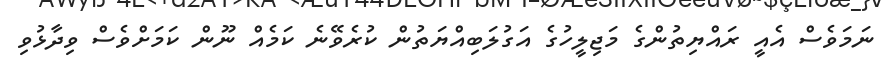
ނަމަވެސް އެއީ ރައްޔިތުންގެ މަޖިލީހުގެ އަގުލަބިއްޔަތުން ކުރެވޭނެ ކަމެއް ނޫން ކަމަށްވެސް ވިދާޅުވި